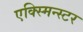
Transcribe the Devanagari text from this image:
एक्स्मिन्स्टर